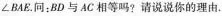
\angle BAE. 问：BD与AC相等吗?请说说你的理由.